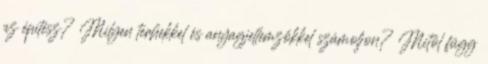
az építész? Milyen terhekkel és anyagjellemzőkkel számoljon? Mitől függ